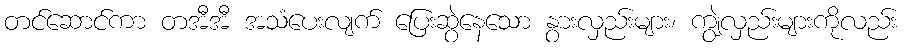
တင်ဆောင်ကာ တအီအီ အသံပေးလျက် ပြေးဆွဲနေသော နွားလှည်းများ၊ ကျွဲလှည်းများကိုလည်း